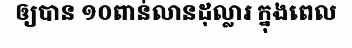
ឲ្យបាន ១០ពាន់លានដុល្លារ ក្នុងពេល